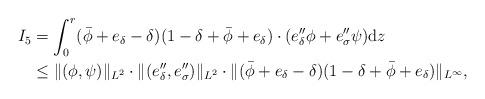
LaTeX: \begin{align*} I_5&=\int_0^r (\bar\phi+e_\delta-\delta)(1-\delta+\bar\phi+e_\delta)\cdot(e''_\delta \phi+e''_\sigma\psi){\rm{d}}z\\ &\leq\Vert (\phi,\psi)\Vert_{L^2}\cdot \Vert (e''_\delta,e''_\sigma)\Vert_{L^2} \cdot\Vert (\bar\phi+e_\delta-\delta)(1-\delta+\bar\phi+e_\delta)\Vert_{L^\infty},\end{align*}